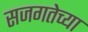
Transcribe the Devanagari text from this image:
सजगतेच्या